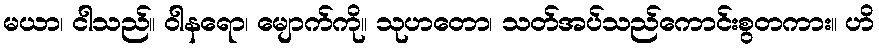
မယာ၊ ငါသည်။ ဝါနရော၊ မျောက်ကို။ သုဟတော၊ သတ်အပ်သည်ကောင်းစွတကား။ ဟိ